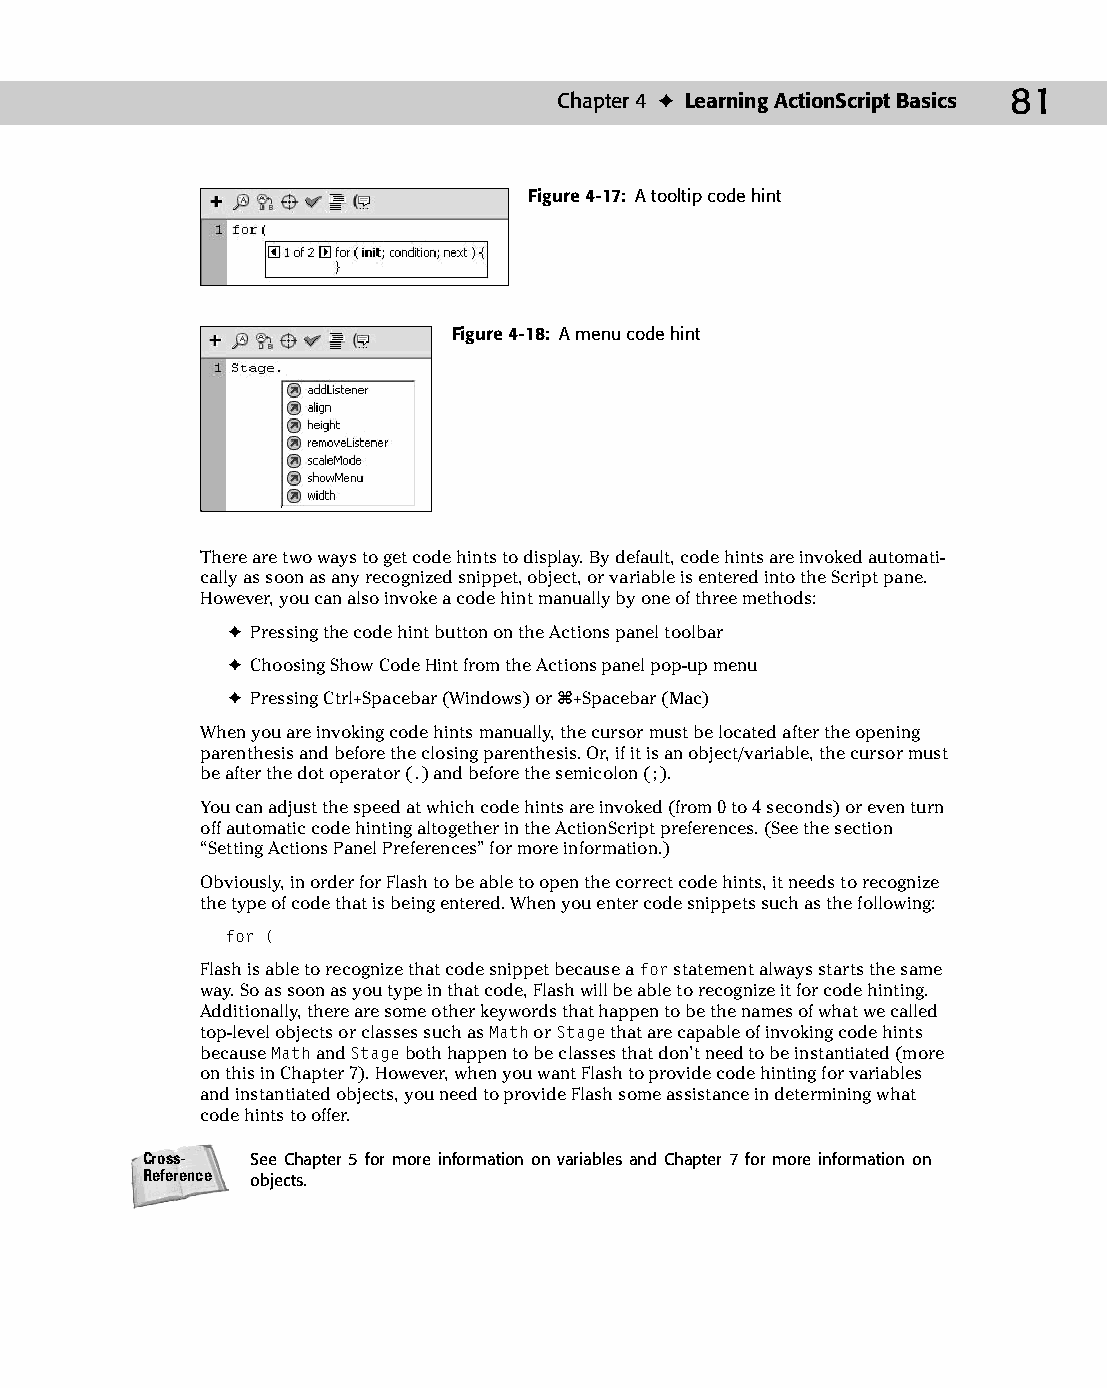
07 543547 ch04.qxd 3/24/04 3:50 PM Page 81
 Chapter 4 ✦ Learning ActionScript Basics 81
 Figure 4-17: A tooltip code hint
 Figure 4-18: A menu code hint
 There are two ways to get code hints to display. By default, code hints are invoked automati­
 cally as soon as any recognized snippet, object, or variable is entered into the Script pane.
 However, you can also invoke a code hint manually by one of three methods:
 ✦ Pressing the code hint button on the Actions panel toolbar
 ✦ Choosing Show Code Hint from the Actions panel pop-up menu
 ✦ Pressing Ctrl+Spacebar (Windows) or Ô+Spacebar (Mac)
 When you are invoking code hints manually, the cursor must be located after the opening
 parenthesis and before the closing parenthesis. Or, if it is an object/variable, the cursor must
 be after the dot operator (.) and before the semicolon (;).
 You can adjust the speed at which code hints are invoked (from 0 to 4 seconds) or even turn
 off automatic code hinting altogether in the ActionScript preferences. (See the section
 “Setting Actions Panel Preferences” for more information.)
 Obviously, in order for Flash to be able to open the correct code hints, it needs to recognize
 the type of code that is being entered. When you enter code snippets such as the following:
 for (
 Flash is able to recognize that code snippet because a for statement always starts the same
 way. So as soon as you type in that code, Flash will be able to recognize it for code hinting.
 Additionally, there are some other keywords that happen to be the names of what we called
 top-level objects or classes such as Math or Stage that are capable of invoking code hints
 because Math and Stage both happen to be classes that don’t need to be instantiated (more
 on this in Chapter 7). However, when you want Flash to provide code hinting for variables
 and instantiated objects, you need to provide Flash some assistance in determining what
 code hints to offer.
 Cross-  See Chapter 5 for more information on variables and Chapter 7 for more information on
 Reference objects.